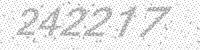
Solution: 242217